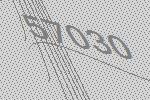
57030